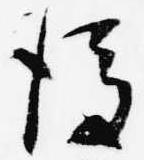
後